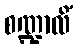
စဏ္ဍာလိံ